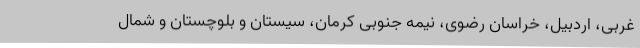
غربی، اردبیل، خراسان رضوی، نیمه جنوبی کرمان، سیستان و بلوچستان و شمال